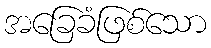
အခြေခံဖြစ်သော